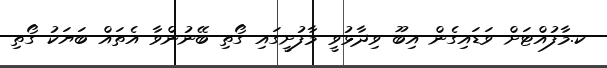
ކ.މާފުއްޓަށް ވަޑައިގެން އިބޫ ވިދާޅުވީ މާފުށީގައި ގޯތި ބޭނުންވާ އެތައް ބަޔަކު ގޯތި